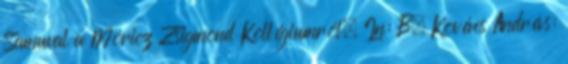
Samuval a Móricz Zsigmond Kollégiumról. In: B. Kovács András: